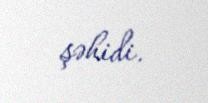
şəhidi.